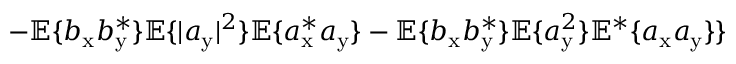
- \mathbb { E } \{ b _ { \mathrm { x } } b _ { \mathrm { y } } ^ { \ast } \} \mathbb { E } \{ | a _ { \mathrm { y } } | ^ { 2 } \} \mathbb { E } \{ a _ { \mathrm { x } } ^ { \ast } a _ { \mathrm { y } } \} - \mathbb { E } \{ b _ { \mathrm { x } } b _ { \mathrm { y } } ^ { \ast } \} \mathbb { E } \{ a _ { \mathrm { y } } ^ { 2 } \} \mathbb { E } ^ { \ast } \{ a _ { \mathrm { x } } a _ { \mathrm { y } } \} \}